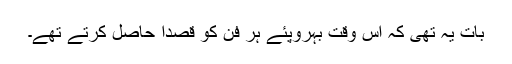
بات یہ تھی کہ اس وقت بہروپئے ہر فن کو قصداً حاصل کرتے تھے۔